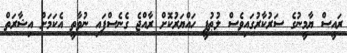
ރައީސް ޔާމީނުގެ ސަރުކާރުގައިވެސް ލުޠުފީ ހައްޔަރުކޮށް ރާއްޖެ ގެނެސްފައި ނުވާތީ އެކަމަށް އިޝާރަތް